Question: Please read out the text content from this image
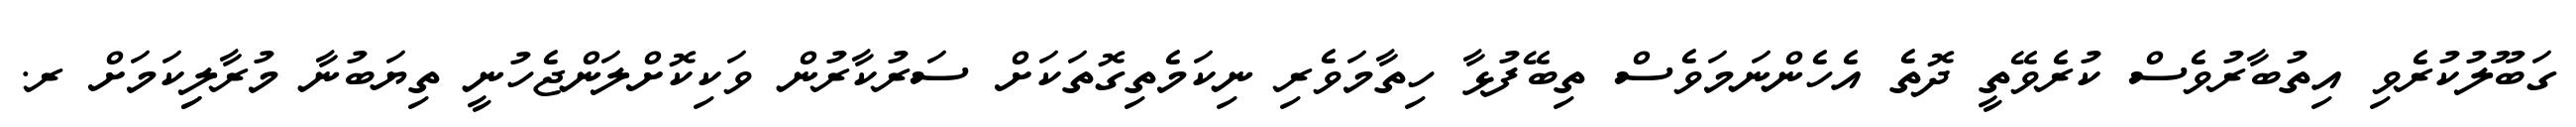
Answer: ގަބޫލުކުރެވި އިތުބާރުވެސް ކުރެވޭތީ ދޮތެ އެހެންނަމަވެސް ތިބޭފުޅާ ހިތާމަވެރި ނިކަމެތިގޮތަކަށް ސަރުކާރުން ވަކިކޮށްލަންޖެހުނީ ތިޔަބުނާ މުރާލިިކަމަށް ރ.